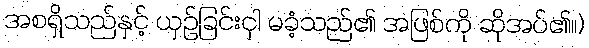
အစရှိသည်နှင့် ယှဉ်ခြင်းငှါ မခံ့သည်၏ အဖြစ်ကို ဆိုအပ်၏။)